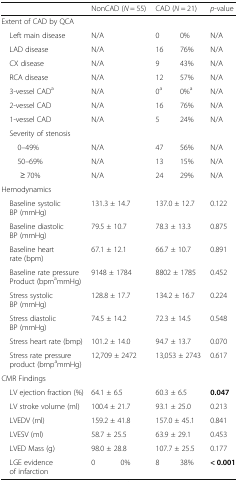
<table><thead><tr><td></td><td colspan="2"><b>NonCAD (<i>N</i> = 55)</b></td><td colspan="2"><b>CAD (<i>N</i> = 21)</b></td><td><b><i>p</i>-value</b></td></tr></thead><tbody><tr><td colspan="6">Extent of CAD by QCA</td></tr><tr><td> Left main disease</td><td colspan="2">N/A</td><td>0</td><td>0%</td><td>N/A</td></tr><tr><td> LAD disease</td><td colspan="2">N/A</td><td>16</td><td>76%</td><td>N/A</td></tr><tr><td> CX disease</td><td colspan="2">N/A</td><td>9</td><td>43%</td><td>N/A</td></tr><tr><td> RCA disease</td><td colspan="2">N/A</td><td>12</td><td>57%</td><td>N/A</td></tr><tr><td> 3-vessel CAD<sup>a</sup></td><td colspan="2">N/A</td><td>0<sup>a</sup></td><td>0%<sup>a</sup></td><td>N/A</td></tr><tr><td> 2-vessel CAD</td><td colspan="2">N/A</td><td>16</td><td>76%</td><td>N/A</td></tr><tr><td> 1-vessel CAD</td><td colspan="2">N/A</td><td>5</td><td>24%</td><td>N/A</td></tr><tr><td colspan="6"> Severity of stenosis</td></tr><tr><td>0–49%</td><td colspan="2">N/A</td><td>47</td><td>56%</td><td>N/A</td></tr><tr><td>50–69%</td><td colspan="2">N/A</td><td>13</td><td>15%</td><td>N/A</td></tr><tr><td>≥ 70%</td><td colspan="2">N/A</td><td>24</td><td>29%</td><td>N/A</td></tr><tr><td colspan="6">Hemodynamics</td></tr><tr><td> Baseline systolic BP (mmHg)</td><td colspan="2">131.3 ± 14.7</td><td colspan="2">137.0 ± 12.7</td><td>0.122</td></tr><tr><td> Baseline diastolic BP (mmHg)</td><td colspan="2">79.5 ± 10.7</td><td colspan="2">78.3 ± 13.3</td><td>0.875</td></tr><tr><td> Baseline heart rate (bpm)</td><td colspan="2">67.1 ± 12.1</td><td colspan="2">66.7 ± 10.7</td><td>0.891</td></tr><tr><td> Baseline rate pressure Product (bpm<sup>a</sup>mmHg)</td><td colspan="2">9148 ± 1784</td><td colspan="2">8802 ± 1785</td><td>0.452</td></tr><tr><td> Stress systolic BP (mmHg)</td><td colspan="2">128.8 ± 17.7</td><td colspan="2">134.2 ± 16.7</td><td>0.224</td></tr><tr><td> Stress diastolic BP (mmHg)</td><td colspan="2">74.5 ± 14.2</td><td colspan="2">72.3 ± 14.5</td><td>0.548</td></tr><tr><td> Stress heart rate (bmp)</td><td colspan="2">101.2 ± 14.0</td><td colspan="2">94.7 ± 13.7</td><td>0.070</td></tr><tr><td> Stress rate pressure product (bmp<sup>a</sup>mmHg)</td><td colspan="2">12,709 ± 2472</td><td colspan="2">13,053 ± 2743</td><td>0.617</td></tr><tr><td colspan="6">CMR Findings</td></tr><tr><td> LV ejection fraction (%)</td><td colspan="2">64.1 ± 6.5</td><td colspan="2">60.3 ± 6.5</td><td><b>0.047</b></td></tr><tr><td> LV stroke volume (ml)</td><td colspan="2">100.4 ± 21.7</td><td colspan="2">93.1 ± 25.0</td><td>0.213</td></tr><tr><td> LVEDV (ml)</td><td colspan="2">159.2 ± 41.8</td><td colspan="2">157.0 ± 45.1</td><td>0.841</td></tr><tr><td> LVESV (ml)</td><td colspan="2">58.7 ± 25.5</td><td colspan="2">63.9 ± 29.1</td><td>0.453</td></tr><tr><td> LVED Mass (g)</td><td colspan="2">98.0 ± 28.8</td><td colspan="2">107.7 ± 25.5</td><td>0.177</td></tr><tr><td> LGE evidence of infarction</td><td>0</td><td>0%</td><td>8</td><td>38%</td><td><b>&lt; 0.001</b></td></tr></tbody></table>